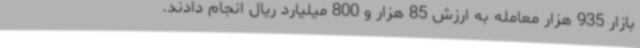
بازار 935 هزار معامله به ارزش 85 هزار و 800 میلیارد ریال انجام دادند.